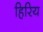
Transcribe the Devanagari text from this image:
हिरिय